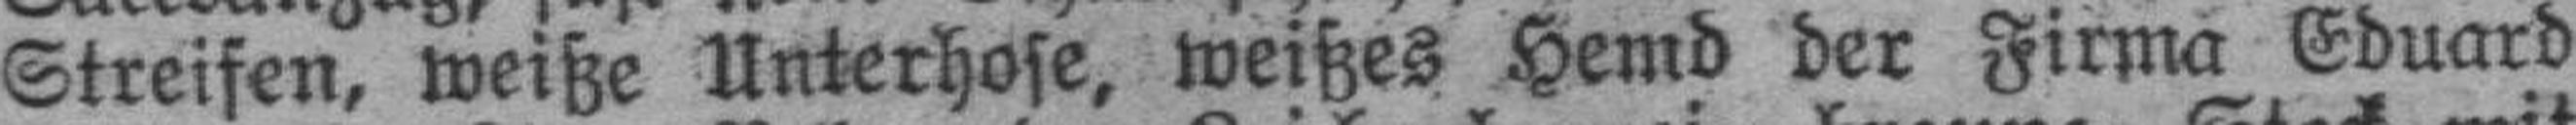
Streifen, weiße Unterhose, weißes Hemd der Firma Eduard